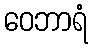
ဝေဘာရံ